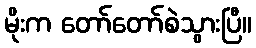
မိုးက တော်တော်စဲသွားပြီ။